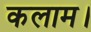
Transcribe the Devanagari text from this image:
कलाम।